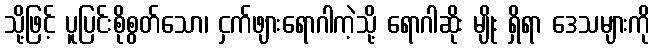
သို့ဖြင့် ပူပြင်းစိုစွတ်သော၊ ငှက်ဖျားရောဂါကဲ့သို့ ရောဂါဆိုး မျိုး ရှိရာ ဒေသများကို